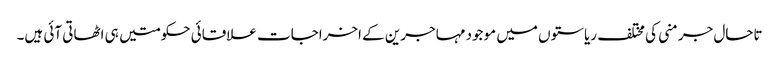
تاحال جرمنی کی مختلف ریاستوں میں موجود مہاجرین کے اخراجات علاقائی حکومتیں ہی اٹھاتی آئی ہیں۔